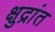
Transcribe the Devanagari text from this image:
क्षुद्रांत